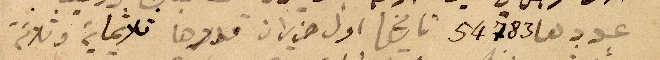
عددها ٥٤٧٨٣ تاريخها اول حزيران قدرها ثلاثماية وثلاثة